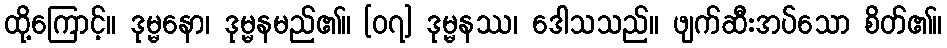
ထို့ကြောင့်။ ဒုမ္မနော၊ ဒုမ္မနမည်၏။ [၀၇] ဒုမ္မနဿ၊ ဒေါသသည်။ ဖျက်ဆီးအပ်သော စိတ်၏။